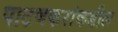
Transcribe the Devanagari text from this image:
पाटणकरांकडील